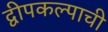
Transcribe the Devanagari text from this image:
द्वीपकल्पाची